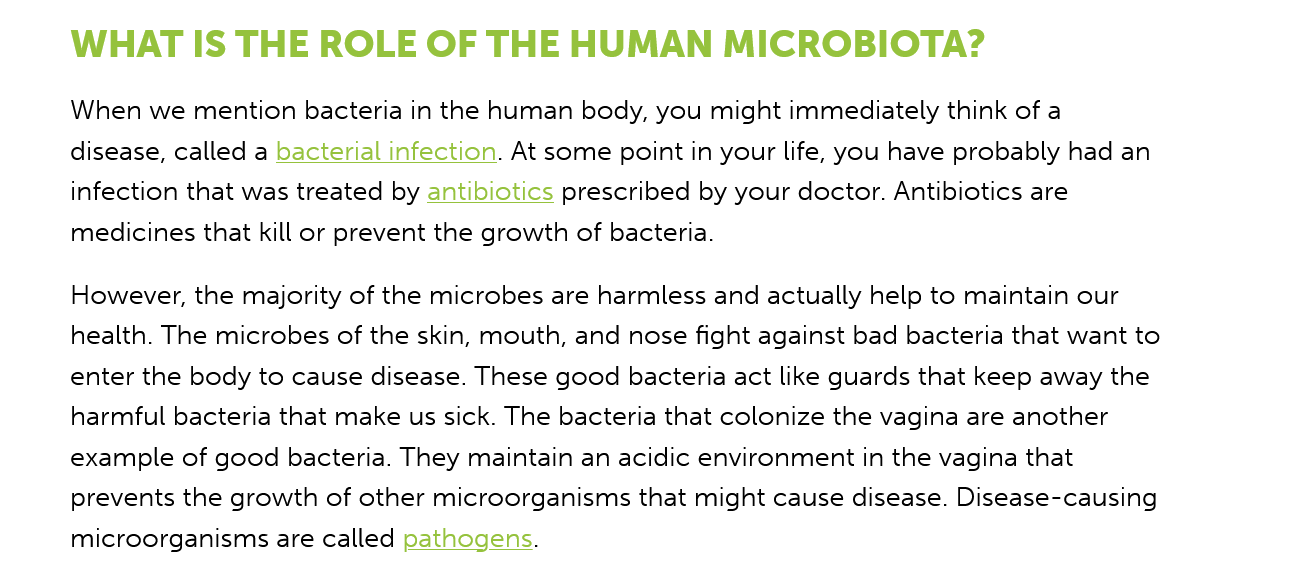
WHAT  IS   THE   ROLE    OF  THE   HUMAN    MICROBIOTA?
     When we mention bacteria in the human body, you might immediately think of a
     disease, called a bacterial infection. At some point in your life, you have probably had an
     infection that was treated by antibiotics prescribed by your doctor. Antibiotics are
     medicines that kill or prevent the growth of bacteria.
     However, the majority of the microbes are harmless and actually help to maintain our
     health. The microbes of the skin, mouth, and nose fight against bad bacteria that want to
     enter the body to cause disease. These good bacteria act like guards that keep away the
     harmful bacteria that make us sick. The bacteria that colonize the vagina are another
     example of good bacteria. They maintain an acidic environment in the vagina that
     prevents the growth of other microorganisms that might cause disease. Disease-causing
     microorganisms are called pathogens.